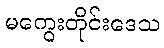
မကွေးတိုင်းဒေသ